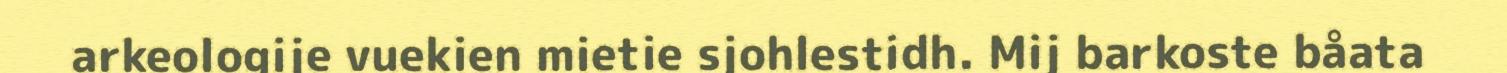
arkeologije vuekien mietie sjohlestidh. Mij barkoste båata